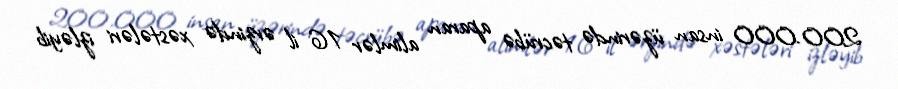
200.000 insan üzərində təcrübə aparan alimlər 16 il ərzində xəstələri izləyib